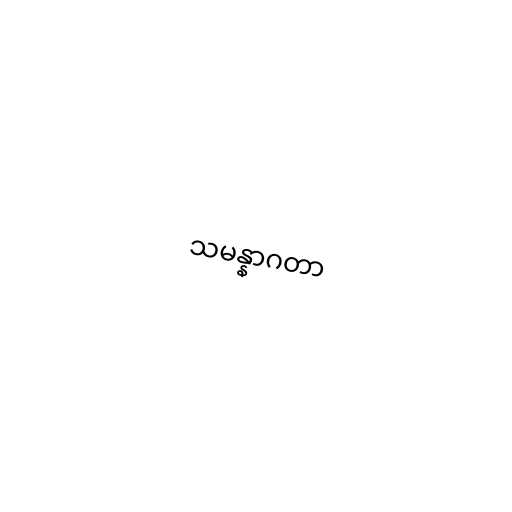
သမန္နာဂတာ